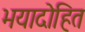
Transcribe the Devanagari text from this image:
भयादोहित